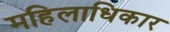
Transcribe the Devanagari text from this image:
महिलाधिकार